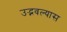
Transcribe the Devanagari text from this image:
उद्भवल्यास